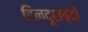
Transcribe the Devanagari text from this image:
हिन्दूशब्दों